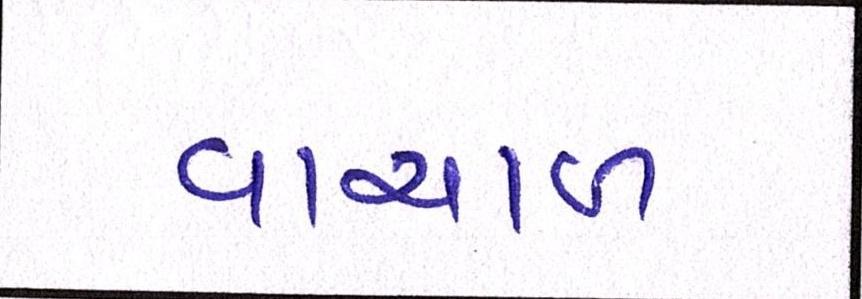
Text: વાચાળ